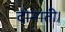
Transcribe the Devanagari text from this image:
दोनाती।